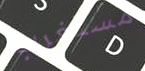
مستغرب